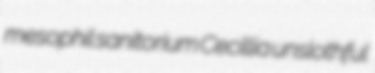
mesophil sanitorium Cecillia unslothful